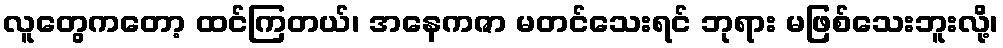
လူတွေကတော့ ထင်ကြတယ်၊ အနေကဇာ မတင်သေးရင် ဘုရား မဖြစ်သေးဘူးလို့၊